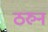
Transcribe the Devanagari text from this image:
ठरुन